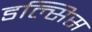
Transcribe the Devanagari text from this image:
डल्सिस